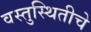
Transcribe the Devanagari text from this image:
वस्तुस्थितीचे